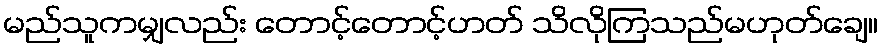
မည်သူကမျှလည်း တောင့်တောင့်ဟတ် သိလိုကြသည်မဟုတ်ချေ။